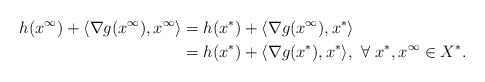
\begin{align*}h(x^\infty)+\langle\nabla g(x^{\infty}),x^{\infty}\rangle&=h(x^*)+\langle\nabla g(x^{\infty}),x^{*}\rangle\\&=h(x^*)+\langle\nabla g(x^{*}),x^{*}\rangle, \ \forall~x^*, x^{\infty}\in X^*.\end{align*}